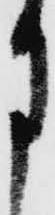
月